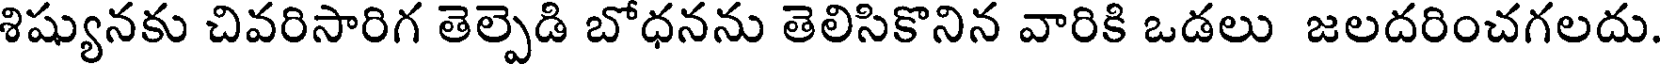
శిష్యునకు చివరిసారిగ తెల్పెడి బోధనను తెలిసికొనిన వారికి ఒడలు జలదరించగలదు.